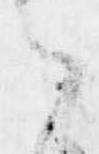
ら